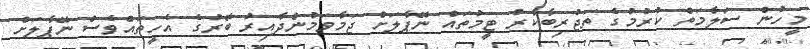
މީހުން ސަލާމަތް ކުރުމުގެ ތަޖުރިބާކާރު ޓީމުތައް ނޭޕާލަށް ޖަމާވަމުންދާއިރު ބޭރުގެ އެހީތައްވެސް ނޭޕާލަށް